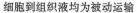
细胞到组织液均为被动运输